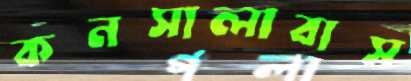
কনসালাবাস